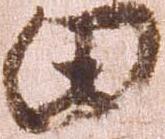
田